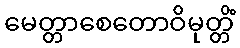
မေတ္တာစေတောဝိမုတ္တိံ